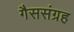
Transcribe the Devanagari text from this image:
गैससंग्रह